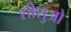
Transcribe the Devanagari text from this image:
शीशुओ